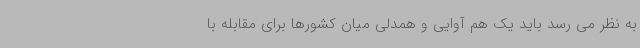
به نظر می رسد باید یک هم آوایی و همدلی میان کشورها برای مقابله با